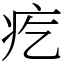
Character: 疙